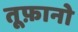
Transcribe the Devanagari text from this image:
तूफ़ानो